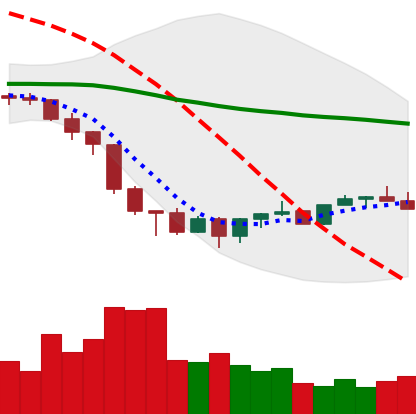
Ticker: XMR-USD
Chart end date: 2022-06-27
Forward return: -3.635%
Label: down_3_5